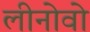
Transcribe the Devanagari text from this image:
लीनोवो